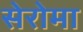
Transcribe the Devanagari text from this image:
सेरोमा